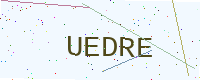
Text: UEDRE